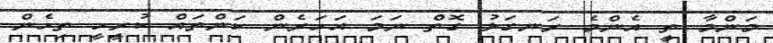
މަންމާ ތީ އެންމެ ރަނގަޅު ގޮތް ނަމަ އަހަރެން ކަންތައް ކުރީހީ ތިހެން